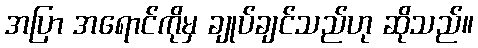
အပြာ အရောင်ကိုမှ ချုပ်ချင်သည်ဟု ဆိုသည်။